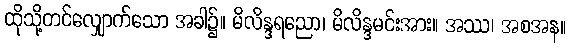
ထိုသို့တင်လျှောက်သော အခါ၌။ မိလိန္ဒရညော၊ မိလိန္ဒမင်းအား။ အဿ၊ အစအန။